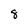
Character: 8